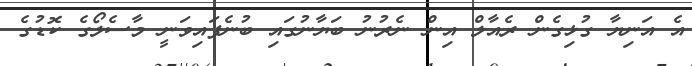
އެ އަނިޔާ ގުޅިގެން ރެއާލް އިން ނެރުނު ބަޔާނުގައި ބުނެފައިވަނީ މާސެލޯގެ ކޮޑުގެ